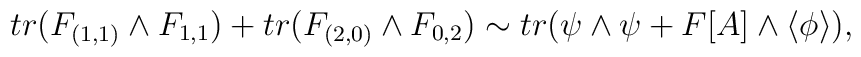
tr(F_{(1,1)}\wedge F_{1,1}) +      tr(F_{(2,0)}\wedge F_{0,2}) \sim tr(\psi\wedge\psi +  F[A] \wedge     \langle\phi\rangle ),